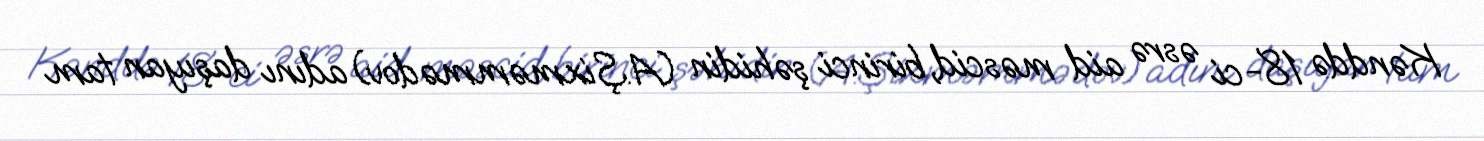
Kənddə 18-ci əsrə aid məscid, birinci şəhidin (A.Şixməmmədov) adını daşıyan tam